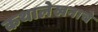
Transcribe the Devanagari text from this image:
कथालेखनाचे